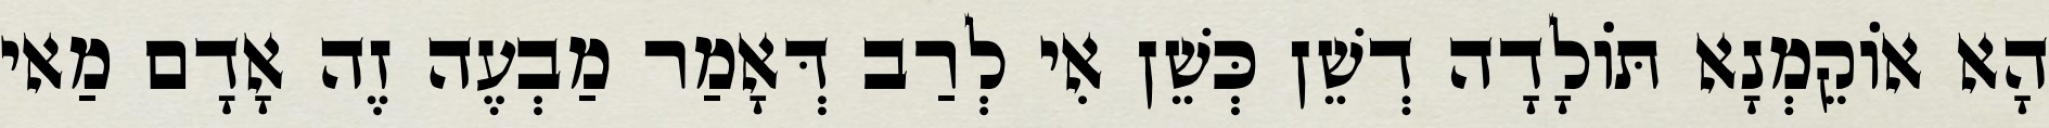
הָא אוֹקֵמְנָא תּוֹלָדָה דְשֵׁן כְּשֵׁן אִי לְרַב דְּאָמַר מַבְעֶה זֶה אָדָם מַאי